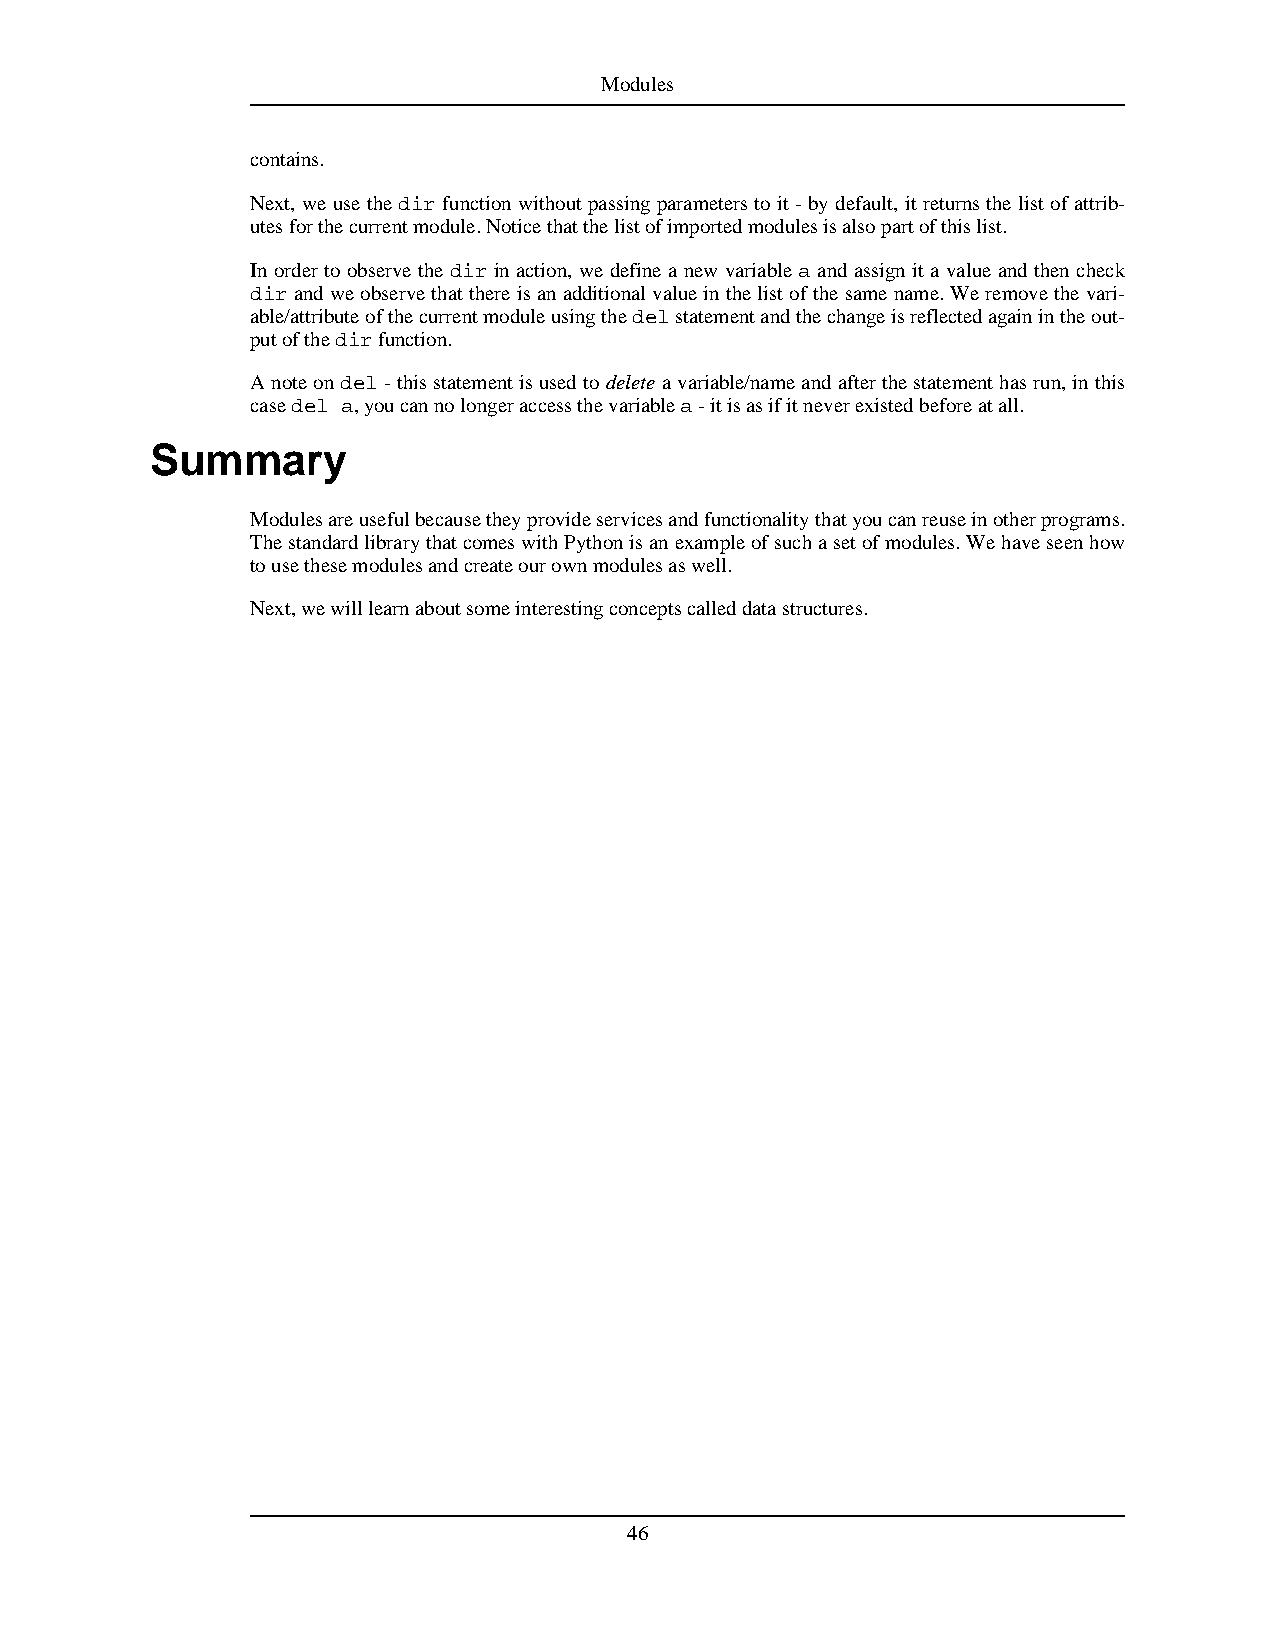
Modules
 contains.
 Next, we use the dir function without passing parameters to it - by default, it returns the list of attrib-
 utesforthecurrentmodule.Noticethatthelistofimportedmodulesisalsopartofthislist.
 In order to observe the dir in action, we define a new variable a and assign it a value and then check
 dirandweobservethatthereisanadditionalvalueinthelistofthesamename.Weremovethevari-
 able/attributeofthecurrentmoduleusingthedelstatementandthechangeisreflectedagainintheout-
 putofthedirfunction.
 Anoteondel-thisstatementisusedtodeleteavariable/nameandafterthestatementhasrun,inthis
 casedel a,youcannolongeraccessthevariablea-itisasifitneverexistedbeforeatall.
 Summary
 Modulesareusefulbecausetheyprovideservicesandfunctionalitythatyoucanreuseinotherprograms.
 ThestandardlibrarythatcomeswithPythonisanexampleofsuchasetofmodules.Wehaveseenhow
 tousethesemodulesandcreateourownmodulesaswell.
 Next,wewilllearnaboutsomeinterestingconceptscalleddatastructures.
 46